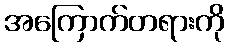
အကြောက်တရားကို